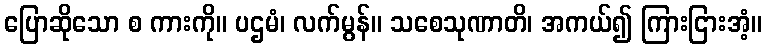
ပြောဆိုသော စ ကားကို။ ပဌမံ၊ လက်မွန်။ သစေသုဏာတိ၊ အကယ်၍ ကြားငြားအံ့။